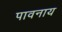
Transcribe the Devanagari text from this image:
पावनाय